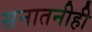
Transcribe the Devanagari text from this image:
सनातनीही